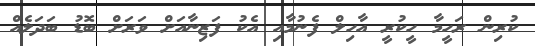
ކުރިން ރަހީމާ ހީކުރީ އާހިލް ފެނުމާއި އެކު ފަޒިނާއަށް ވަރަށް ބޮޑު ބަދަލެއް